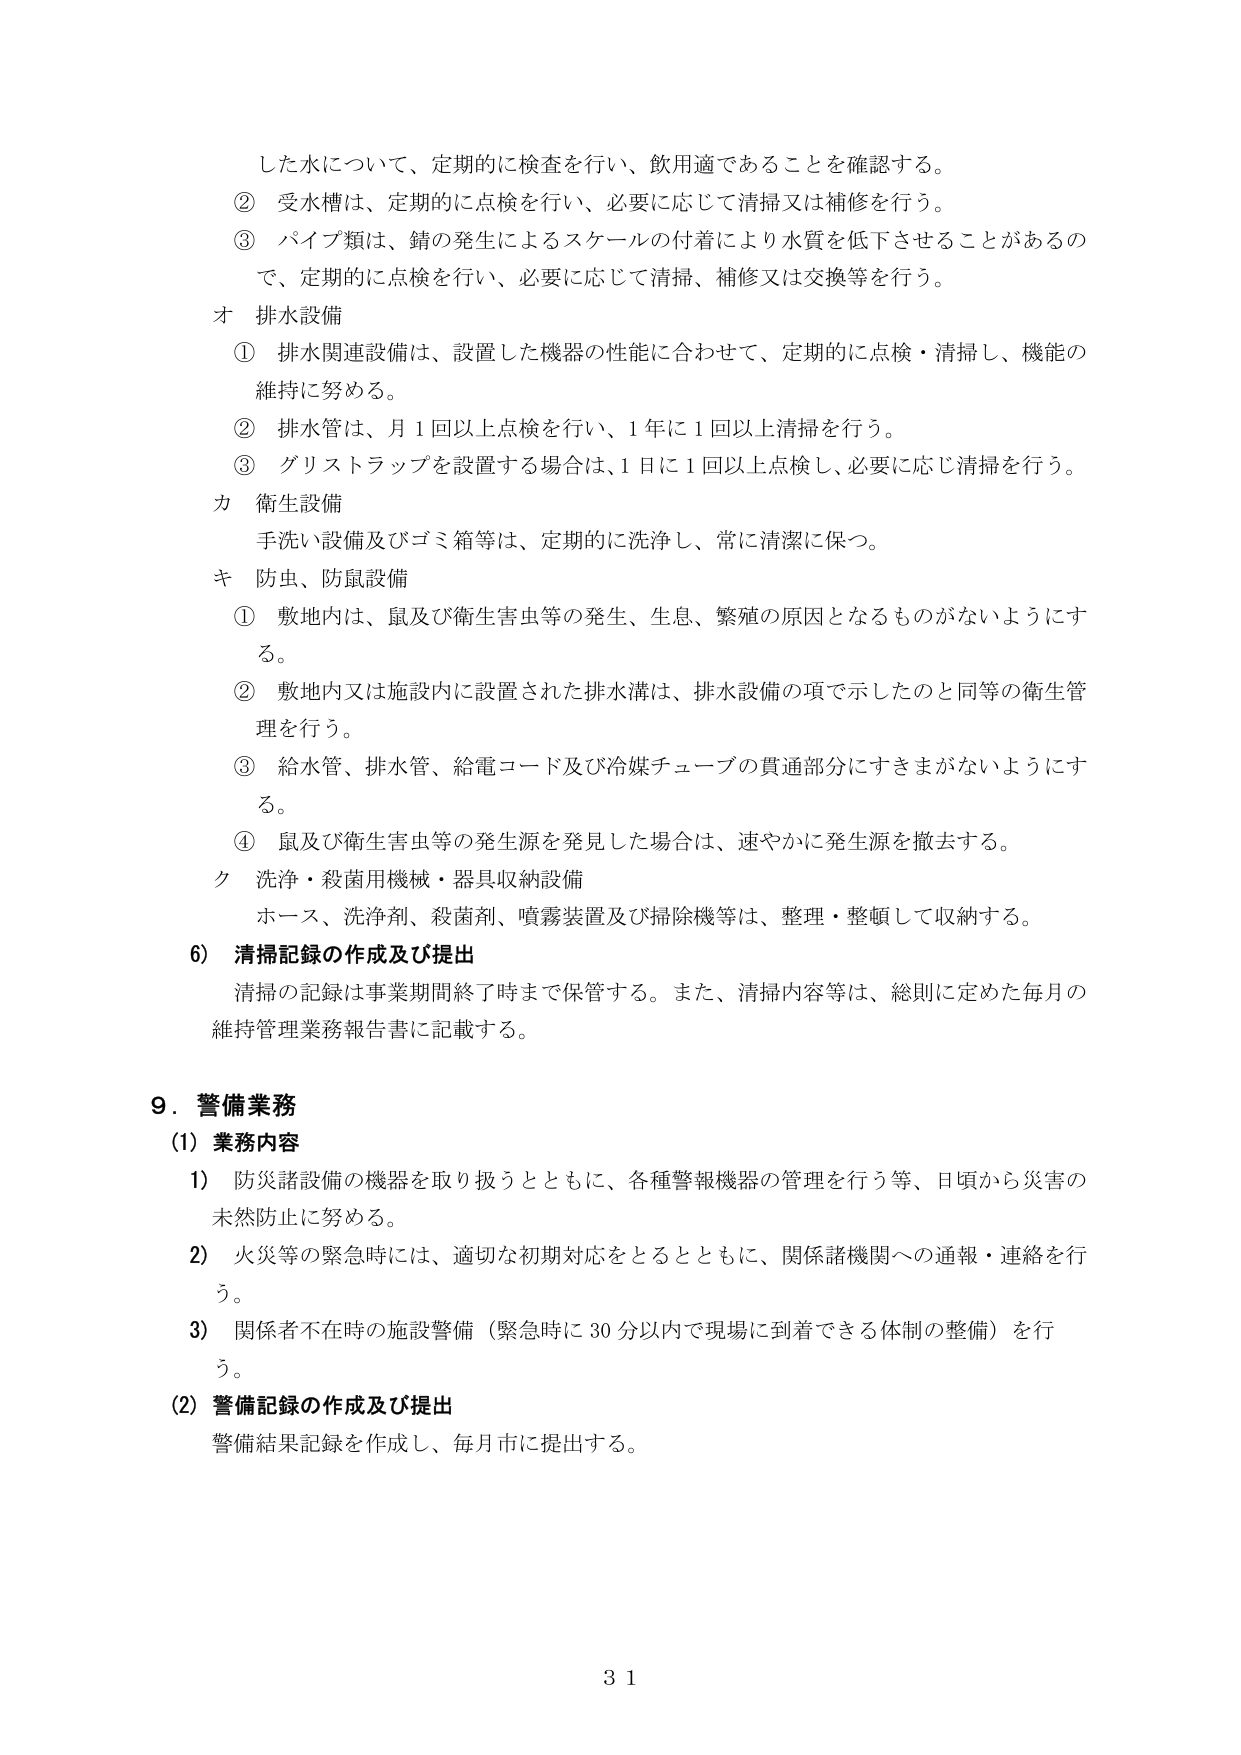
した水について、定期的に検査を行い、飲用適であることを確認する。
② 受水槽は、定期的に点検を行い、必要に応じて清掃又は補修を行う。
③ パイプ類は、錆の発生によるスケールの付着により水質を低下させることがあるので、定期的に点検を行い、必要に応じて清掃、補修又は交換等を行う。
オ 排水設備
① 排水関連設備は、設置した機器の性能に合わせて、定期的に点検・清掃し、機能の維持に努める。
② 排水管は、月1回以上点検を行い、1年に1回以上清掃を行う。
③ グリストラップを設置する場合は、1日に1回以上点検し、必要に応じ清掃を行う。
カ 衛生設備
手洗い設備及びゴミ箱等は、定期的に洗浄し、常に清潔に保つ。
キ 防虫、防鼠設備
① 敷地内は、鼠及び衛生害虫等の発生、生息、繁殖の原因となるものがないようにする。
② 敷地内又は施設内に設置された排水溝は、排水設備の項で示したのと同等の衛生管理を行う。
③ 給水管、排水管、給電コード及び冷媒チューブの貫通部分にすきまがないようにする。
④ 鼠及び衛生害虫等の発生源を発見した場合は、速やかに発生源を撤去する。
ク 洗浄・殺菌用機械・器具収納設備
ホース、洗浄剤、殺菌剤、噴霧装置及び掃除機等は、整理・整頓して収納する。
6) 清掃記録の作成及び提出
清掃の記録は事業期間終了時まで保管する。また、清掃内容等は、総則に定めた毎月の維持管理業務報告書に記載する。

9. 警備業務
(1) 業務内容
1) 防災諸設備の機器を取り扱うとともに、各種警報機器の管理を行う等、日頃から災害の未然防止に努める。
2) 火災等の緊急時には、適切な初期対応をとるとともに、関係諸機関への通報・連絡を行う。
3) 関係者不在時の施設警備（緊急時に30分以内で現場に到着できる体制の整備）を行う。
(2) 警備記録の作成及び提出
警備結果記録を作成し、毎月市に提出する。

31